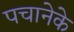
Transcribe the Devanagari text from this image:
पचानेके